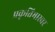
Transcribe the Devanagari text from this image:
प्रकृतिभास्वर